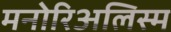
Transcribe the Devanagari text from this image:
मनोरिअलिस्म